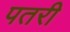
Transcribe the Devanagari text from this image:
पतरी